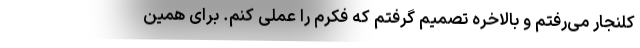
کلنجار می‌رفتم و بالاخره تصمیم گرفتم که فکرم را عملی کنم. برای همین